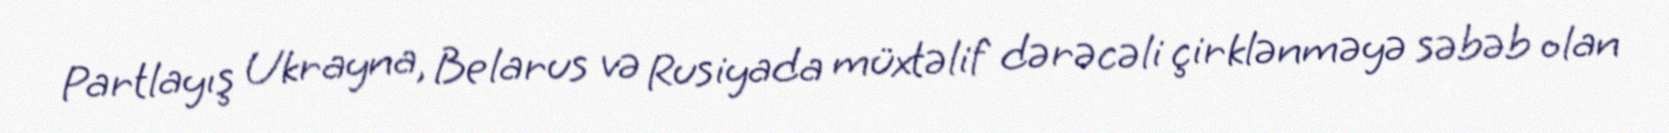
Partlayış Ukrayna, Belarus və Rusiyada müxtəlif dərəcəli çirklənməyə səbəb olan